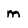
Character: m